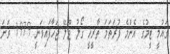
ގައުމީ ޓީމުގެ އެންމެ ފުރަތަމަ ތާރީހީ ގޯލު ޖޫލޭ ޖަހާފައިވަނީ 1979 ވަނަ